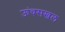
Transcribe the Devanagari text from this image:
ऊंचसखल